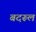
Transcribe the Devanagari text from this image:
बदरूल